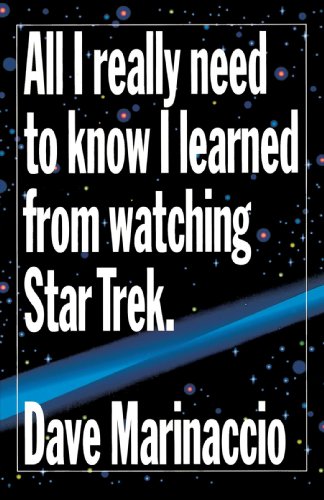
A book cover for All I Really Need to Know I Learned from Watching Star Trek; Dave Marinaccio; Humor & Entertainment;